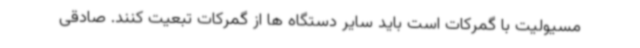
مسیولیت با گمرکات است باید سایر دستگاه ها از گمرکات تبعیت کنند. صادقی